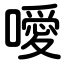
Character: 噯